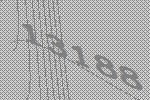
13188